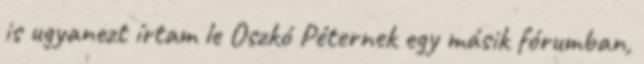
is ugyanezt írtam le Oszkó Péternek egy másik fórumban,